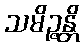
သမိဉ္ဇန္တိ